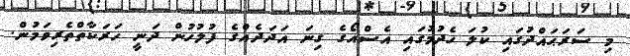
މި ސަރަޙައްދުގައި ކުލަ ހެދުމުގައި އެސްއޯގެ ގިނަ އަދަދެއްގެ ފުލުހުން ދަނީ ހަރަކާތްތެރިވަމުން.